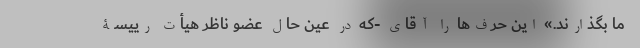
ما بگذارند.» این حرف‌ها را آقای -که در عین حال عضو ناظر هیأت رییسۀ